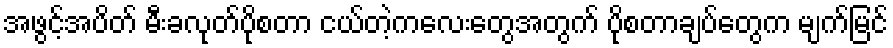
အဖွင့်အပိတ် မီးခလုတ်ပိုစတာ ငယ်တဲ့ကလေးတွေအတွက် ပိုစတာချပ်တွေက မျက်မြင်